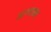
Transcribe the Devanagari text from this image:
सागरासम